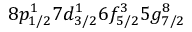
8 p _ { 1 / 2 } ^ { 1 } 7 d _ { 3 / 2 } ^ { 1 } 6 f _ { 5 / 2 } ^ { 3 } 5 g _ { 7 / 2 } ^ { 8 }